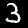
Label: 3